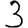
Digit: 3